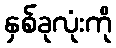
နှစ်ခုလုံးကို